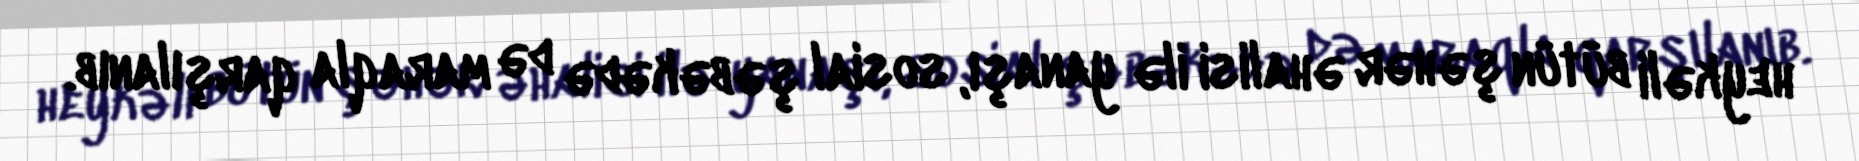
heykəli bütün şəhər əhalisi ilə yanaşı, sosial şəbəkədə də maraqla qarşılanıb.